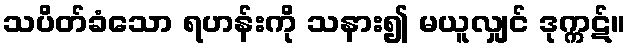
သပိတ်ခံသော ရဟန်းကို သနား၍ မယူလျှင် ဒုက္ကဋ်။